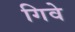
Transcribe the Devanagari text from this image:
गिवे